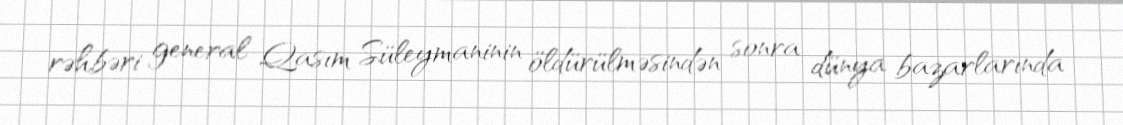
rəhbəri general Qasım Süleymaninin öldürülməsindən sonra dünya bazarlarında